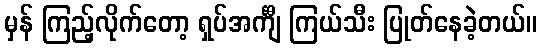
မှန် ကြည့်လိုက်တော့ ရှပ်အင်္ကျီ ကြယ်သီး ပြုတ်နေခဲ့တယ်။